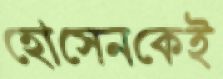
হোসেনকেই